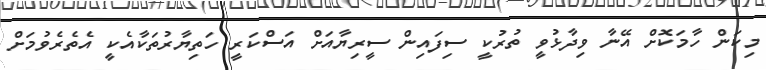
މިކަން ހާމަކޮށް އޭނާ ވިދާޅުވީ ތުރުކީ ސިފައިން ސީރިޔާއަށް އަސްކަރީ ހަތިޔާރުތަކާއެކީ އެތެރެވުމަށް